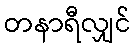
တနာရီလျှင်